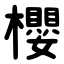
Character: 櫻